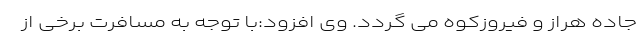
جاده هراز و فیروزکوه می گردد. وی افزود:با توجه به مسافرت برخی از